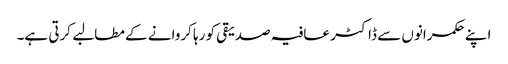
اپنے حکمرانوں سے ڈاکٹر عافیہ صدیقی کو رہا کروانے کے مطالبے کرتی ہے۔